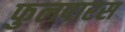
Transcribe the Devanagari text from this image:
फुलपारस